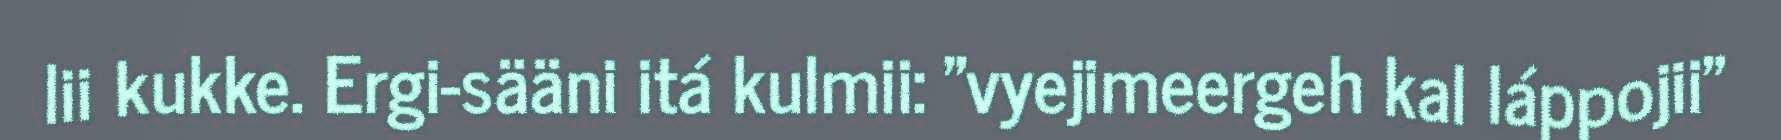
lii kukke. Ergi-sääni itá kulmii: "vyejimeergeh kal láppojii"